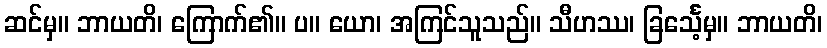
ဆင်မှ။ ဘာယတိ၊ ကြောက်၏။ ပ။ ယော၊ အကြင်သူသည်။ သီဟဿ၊ ခြင်္သေ့မှ။ ဘာယတိ၊